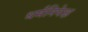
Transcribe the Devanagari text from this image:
धर्मनिपेक्ष